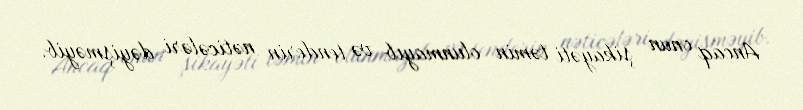
Ancaq onun şikayəti təmin olunmayıb və tenderin nəticələri dəyişməyib.